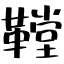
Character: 鞺